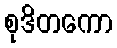
စုဒိတကော